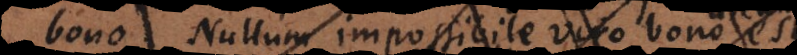
bono. Nullum impossibile viro bono